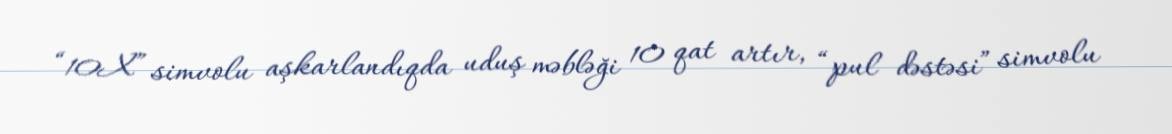
“10X” simvolu aşkarlandıqda uduş məbləği 10 qat artır, “pul dəstəsi” simvolu